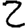
Digit: 2